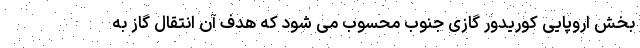
بخش اروپایی کوریدور گازی جنوب محسوب می شود که هدف آن انتقال گاز به